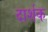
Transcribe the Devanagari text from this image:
दार्शक